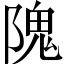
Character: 隗